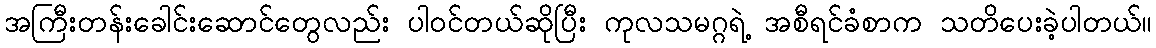
အကြီးတန်းခေါင်းဆောင်တွေလည်း ပါဝင်တယ်ဆိုပြီး ကုလသမဂ္ဂရဲ့ အစီရင်ခံစာက သတိပေးခဲ့ပါတယ်။